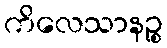
ကိလေသာနဉ္စ